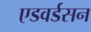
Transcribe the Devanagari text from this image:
एडवर्डसन